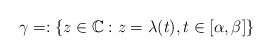
\begin{align*}\gamma=:\{z\in\mathbb{C}:z=\lambda(t),t\in\lbrack\alpha,\beta]\}\end{align*}